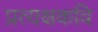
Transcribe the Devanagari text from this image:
प्रत्यक्षकवि